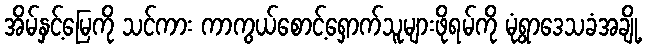
အိမ်နှင့်မြေကို သင်ကား ကာကွယ်စောင့်ရှောက်သူများဖိုရမ်ကို မုံရွာဒေသခံအချို့